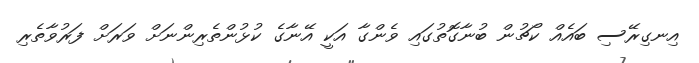
އިނގިރޭސި ބައެއް ކޯޗުން ބުނާގޮތުގައި ވެންގާ އަކީ އޭނާގެ ކުޅުންތެރިންނަށް ވަރަށް ފަރުވާތެރި